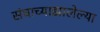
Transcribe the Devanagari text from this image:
संघाच्याझालेल्या